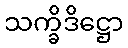
သက္ခိဒိဋ္ဌော